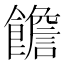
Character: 𩟋